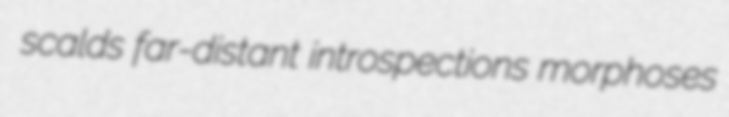
scalds far-distant introspections morphoses